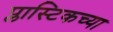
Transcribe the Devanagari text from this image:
प्लास्टिकच्या